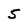
Character: 5